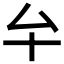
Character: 𠫘